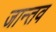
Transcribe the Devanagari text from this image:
जान्तव